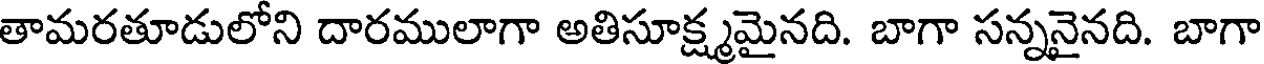
తామరతూడులోని దారములాగా అతిసూక్ష్మమైనది. బాగా సన్ననైనది. బాగా